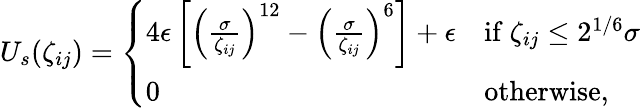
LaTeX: \begin{array}{r}{U_{s}(\zeta_{ij})=\left\{ \begin{array}{ll}{4\epsilon\left[\left(\frac{\sigma}{\zeta_{ij}}\right)^{12}-\left(\frac{\sigma}{\zeta_{ij}}\right)^{6}\right]+\epsilon}&{\mathrm{if~}\zeta_{ij}\leq 2^{1/6}\sigma}\\ {0}&{\mathrm{otherwise},}\end{array}\right.}\end{array}